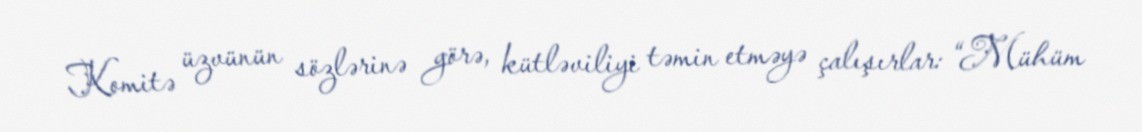
Komitə üzvünün sözlərinə görə, kütləviliyi təmin etməyə çalışırlar: “Mühüm